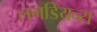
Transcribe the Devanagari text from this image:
लगडियन्स